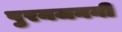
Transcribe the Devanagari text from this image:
पुरनजननी